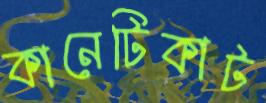
কানেটিকাট